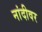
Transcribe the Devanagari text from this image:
नांदीवर